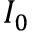
I _ { 0 }